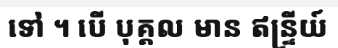
ទៅ ។ បើ បុគ្គល មាន ឥន្ទ្រីយ៍